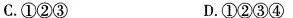
C.①②③ D.①②③④